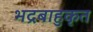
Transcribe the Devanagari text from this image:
भद्रबाहुकृत